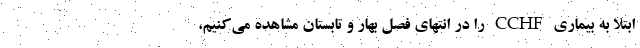
ابتلا به بیماری CCHF را در انتهای فصل بهار و تابستان مشاهده می‌کنیم،